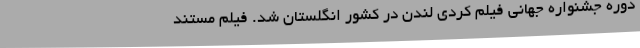
دوره جشنواره جهانی فيلم کُردی لندن در کشور انگلستان شد. فیلم مستند